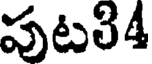
పుట34